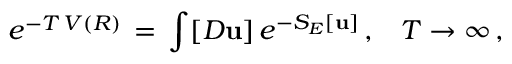
e ^ { - T \, V ( R ) } \, = \, \int [ D { \bf u } ] \, e ^ { - S _ { E } [ { \bf u } ] } \, { , } \quad T \to \infty \, { , }